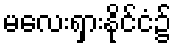
မလေးရှားနိုင်ငံ၌